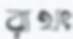
রাথং